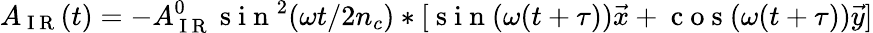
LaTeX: A_{\mathrm{~I~R~}}(t)=-A_{\mathrm{~I~R~}}^{0}\mathrm{~s~i~n~}^{2}(\omega t/2n_{c})*[\mathrm{~s~i~n~}(\omega(t+\tau))\vec{x}+\mathrm{~c~o~s~}(\omega(t+\tau))\vec{y}]